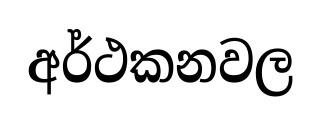
අර්ථකනවල